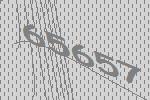
65657